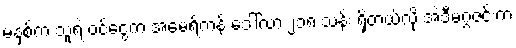
မနှစ်က သူ့ရဲ့ ဝင်ငွေက အမေရိကန် ဒေါ်လာ ၂၁၈ သန်း ရှိတယ်လို့ အဲဒီမဂ္ဂဇင်းက